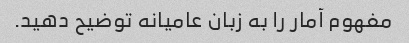
مفهوم آمار را به زبان عامیانه توضیح دهید.